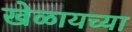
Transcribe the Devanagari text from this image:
खेळायच्या